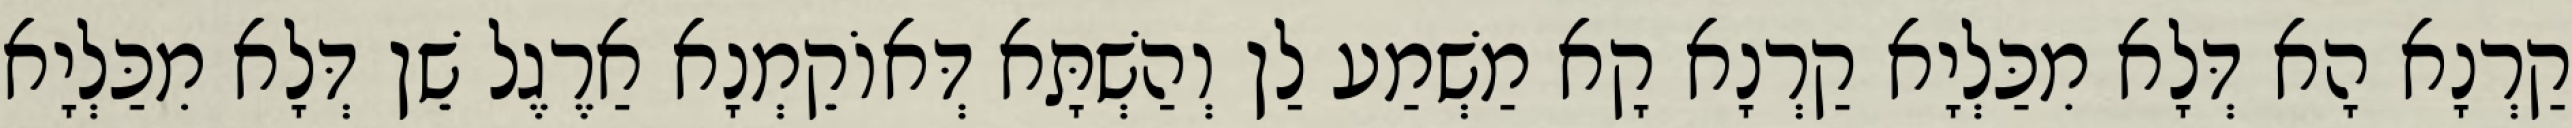
קַרְנָא הָא דְּלָא מִכַּלְיָא קַרְנָא קָא מַשְׁמַע לַן וְהַשְׁתָּא דְּאוֹקֵמְנָא אַרֶגֶל שֵׁן דְּלָא מִכַּלְיָא